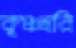
কৃষ্ণহরি